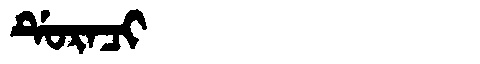
Manchu: ᡩᡠᡵᠠᠴᡳ
Romanization: DURACI